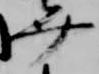
弁